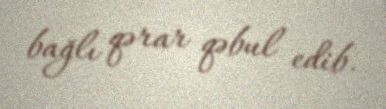
bağlı qərar qəbul edib.